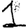
Digit: 1